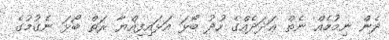
ދެން ނިމުމެއް ނެތް ޢަދަދެއްގެ ހުދު ބޯޅަ އަޅައިފިއްޔާ ރަތް ބޯޅަ ނެގުމުގެ